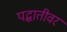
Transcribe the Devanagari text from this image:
पद्धातीवर